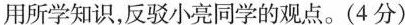
用所学知识，反驳小亮同学的观点。(4分)